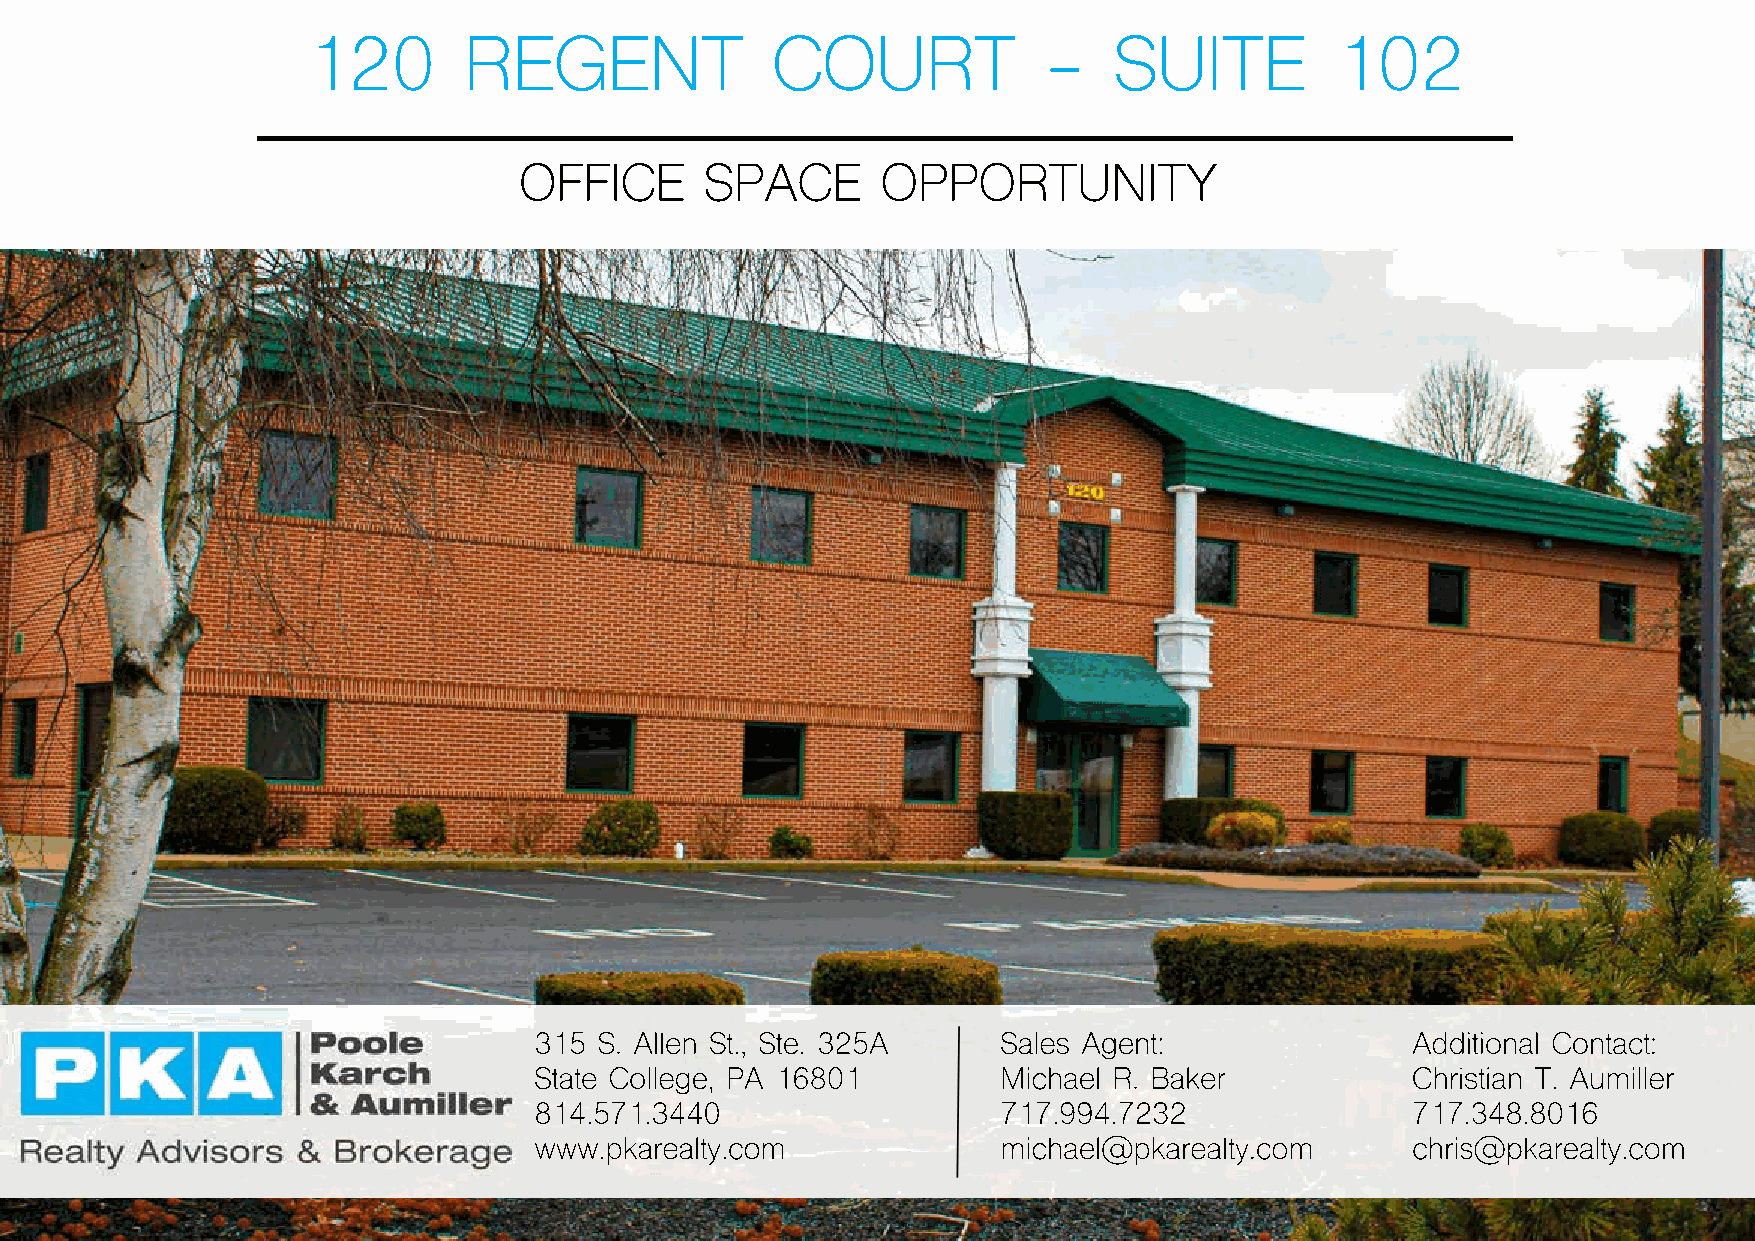
120        REGENT              COURT             -    SUITE         102
 OFFICE       SPACE      OPPORTUNITY
 315  S. Allen St., Ste. 325A   Sales Agent:               Additional Contact:
 State College, PA 16801        Michael R. Baker           Christian T. Aumiller
 814.571.3440                   717.994.7232               717.348.8016
 www.pkarealty.com              michael@pkarealty.com      chris@pkarealty.com